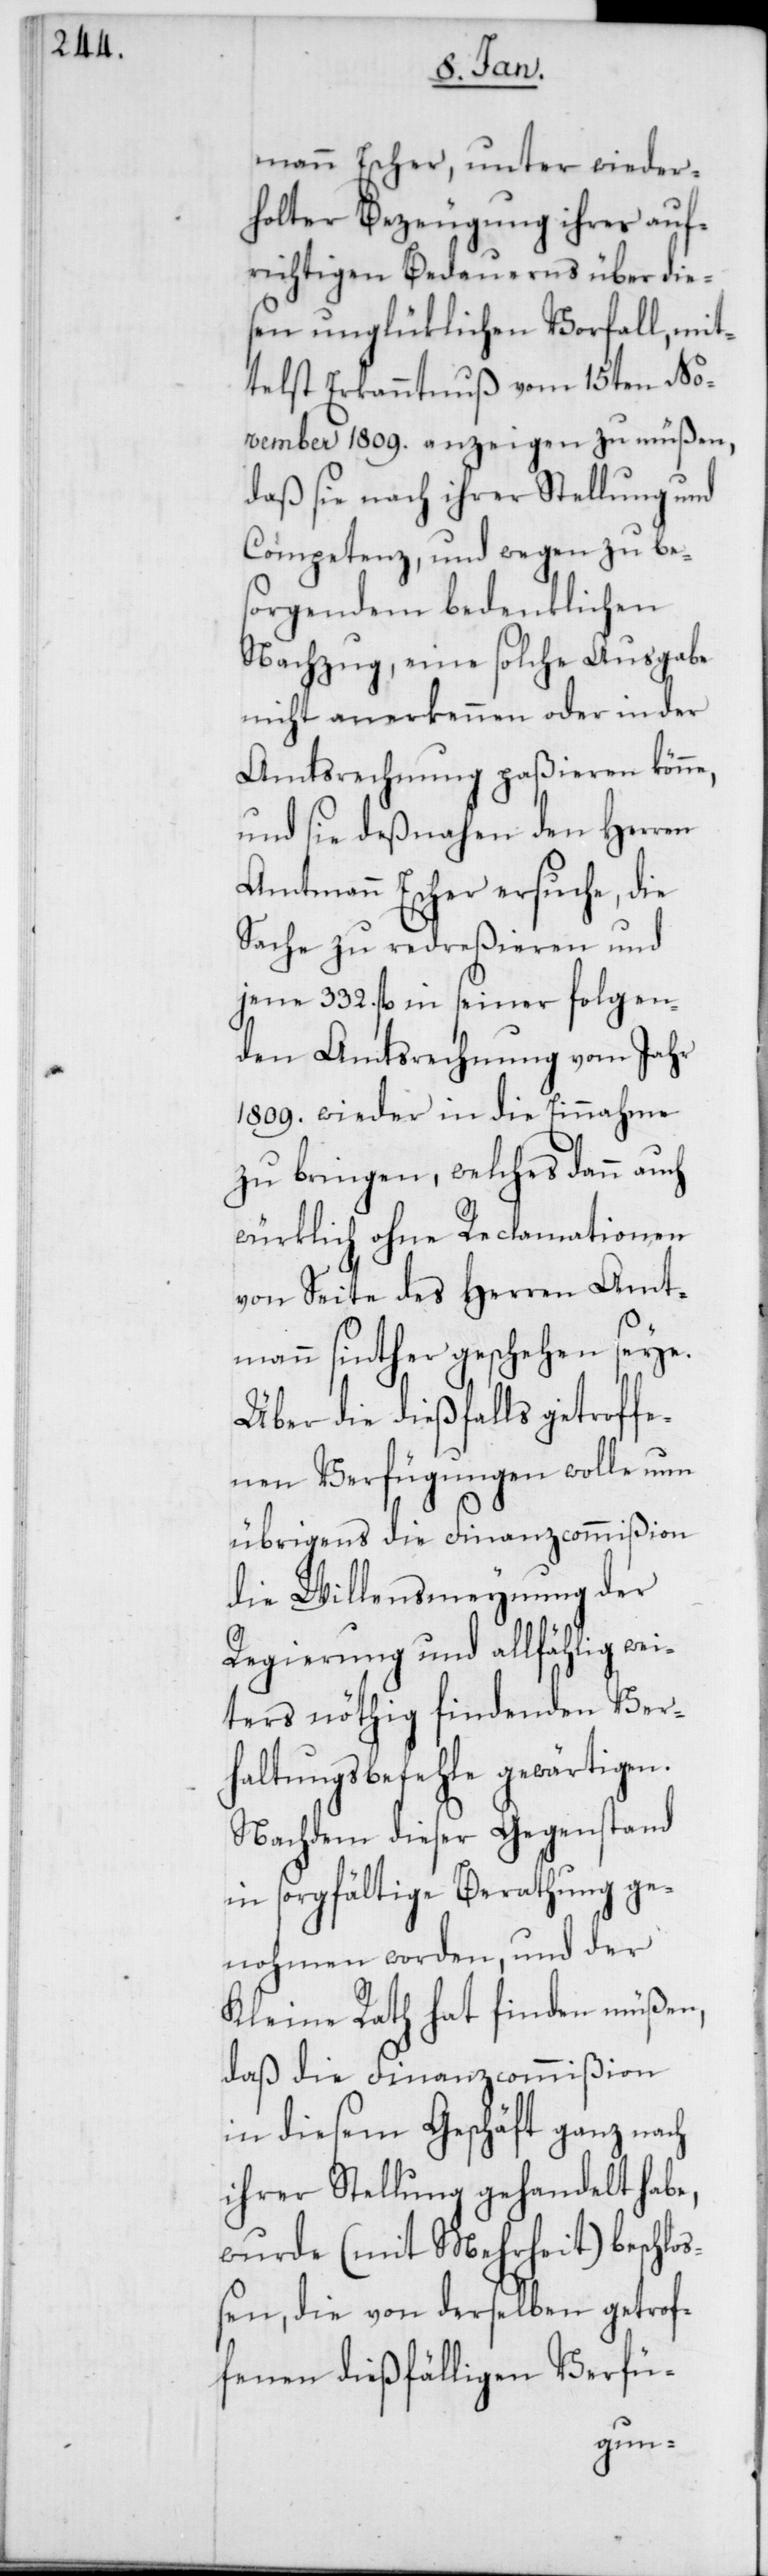
mann Escher, unter wieder¬
holter Bezeugung ihres auf¬
richtigen Bedauerns über die¬
sen unglüklichen Vorfall, mit¬
telst Erkanntnuß vom 15ten No¬
vember 1809. anzeigen zu müßen,
daß sie nach ihrer Stellung und
Competenz, und wegen zu bes¬
orgendem bedenklichen
Nachzug, eine solche Ausgabe
nicht anerkennen oder in der
Amtsrechnung paßieren könne,
und sie deßnahen den Herren
Amtmann Escher ersuche, die
Sache zu redreßieren und
jene 332. fl in seiner folgen¬
den Amtsrechnung vom Jahr
1809. wieder in die Einnahme
zu bringen, welches dann auch
würklich ohne Reclamationen
von Seite des Herren Amt¬
mann sinther geschehen seye.
Über die dießfalls getroffe¬
nen Verfügungen wolle nun
übrigens die Finanzcommißion
die Willensmeynung der
Regierung und allfählig wei¬
ters nöthig findenden Ver¬
haltungsbefehle gewärtigen.
Nachdem dieser Gegenstand
in sorgfältige Berathung ge¬
nohmen worden, und der
Kleine Rath hat finden müßen,
daß die Finanzcommißion
in diesem Geschäft ganz nach
ihrer Stellung gehandelt habe,
wurde (mit Mehrheit) beschlo¬
ßen, die von derselben getrof¬
fenen dießfälligen Verfü-